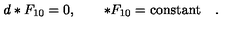
d * F _ { 1 0 } = 0 , \quad \quad * F _ { 1 0 } = \mathrm { c o n s t a n t } \quad .